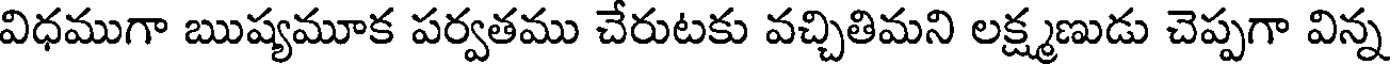
విధముగా ఋష్యమూక పర్వతము చేరుటకు వచ్చితిమని లక్ష్మణుడు చెప్పగా విన్న